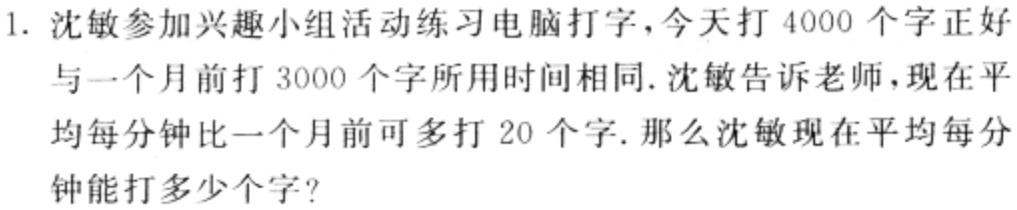
1. 沈敏参加兴趣小组活动练习电脑打字，今天打 \(4000\) 个字正好

与一个月前打 \(3000\) 个字所用时间相同. 沈敏告诉老师，现在平

均每分钟比一个月前可多打 \(20\) 个字. 那么沈敏现在平均每分

钟能打多少个字？